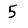
Digit: 5